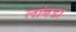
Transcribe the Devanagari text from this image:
लांबडा